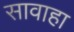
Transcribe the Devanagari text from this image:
सावाहा